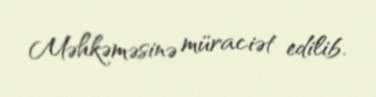
Məhkəməsinə müraciət edilib.